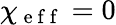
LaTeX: \chi_{\mathrm{~e~f~f~}}=0